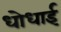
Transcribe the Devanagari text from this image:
धोधाई